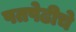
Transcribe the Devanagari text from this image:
पतपेढीचे